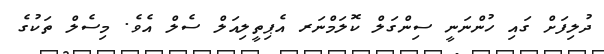
ދުލިފަށް ގައި ހުންނަނީ ސިންގަލް ކޮލަމްނަރ އެޕިތީލިއަލް ސެލް އެވެ. މިސެލް ތަކުގެ